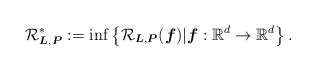
\begin{align*}\mathcal R_{\boldsymbol{L}, \boldsymbol{P}}^* := \inf \left\{ \mathcal R_{\boldsymbol{L}, \boldsymbol{P}}(\boldsymbol{f}) | \boldsymbol{f} : \mathbb R^d \to \mathbb R^d \right\}.\end{align*}